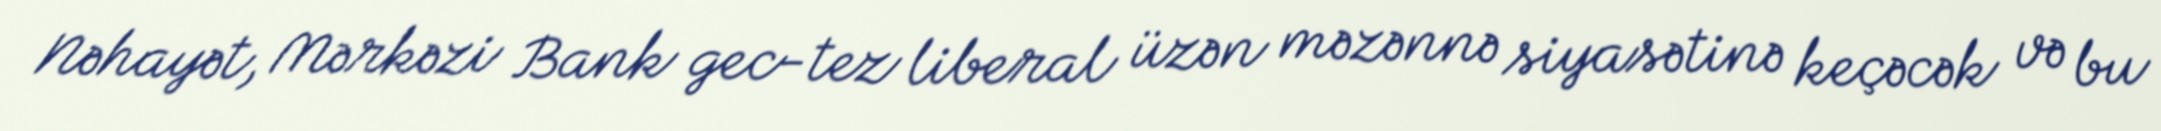
Nəhayət, Mərkəzi Bank gec-tez liberal üzən məzənnə siyasətinə keçəcək və bu